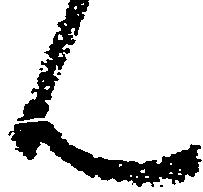
ん